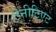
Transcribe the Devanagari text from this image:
टेनीटिएट